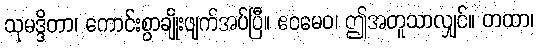
သုမဒ္ဒိတာ၊ ကောင်းစွာချိုးဖျက်အပ်ပြီ။ ဧဝမေဝ၊ ဤအတူသာလျှင်။ တထာ၊